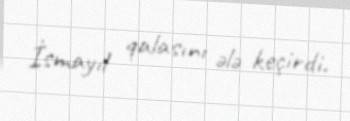
İsmayıl qalasını ələ keçirdi.